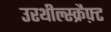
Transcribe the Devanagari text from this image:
उरथील्स्क्रैफ़्ट